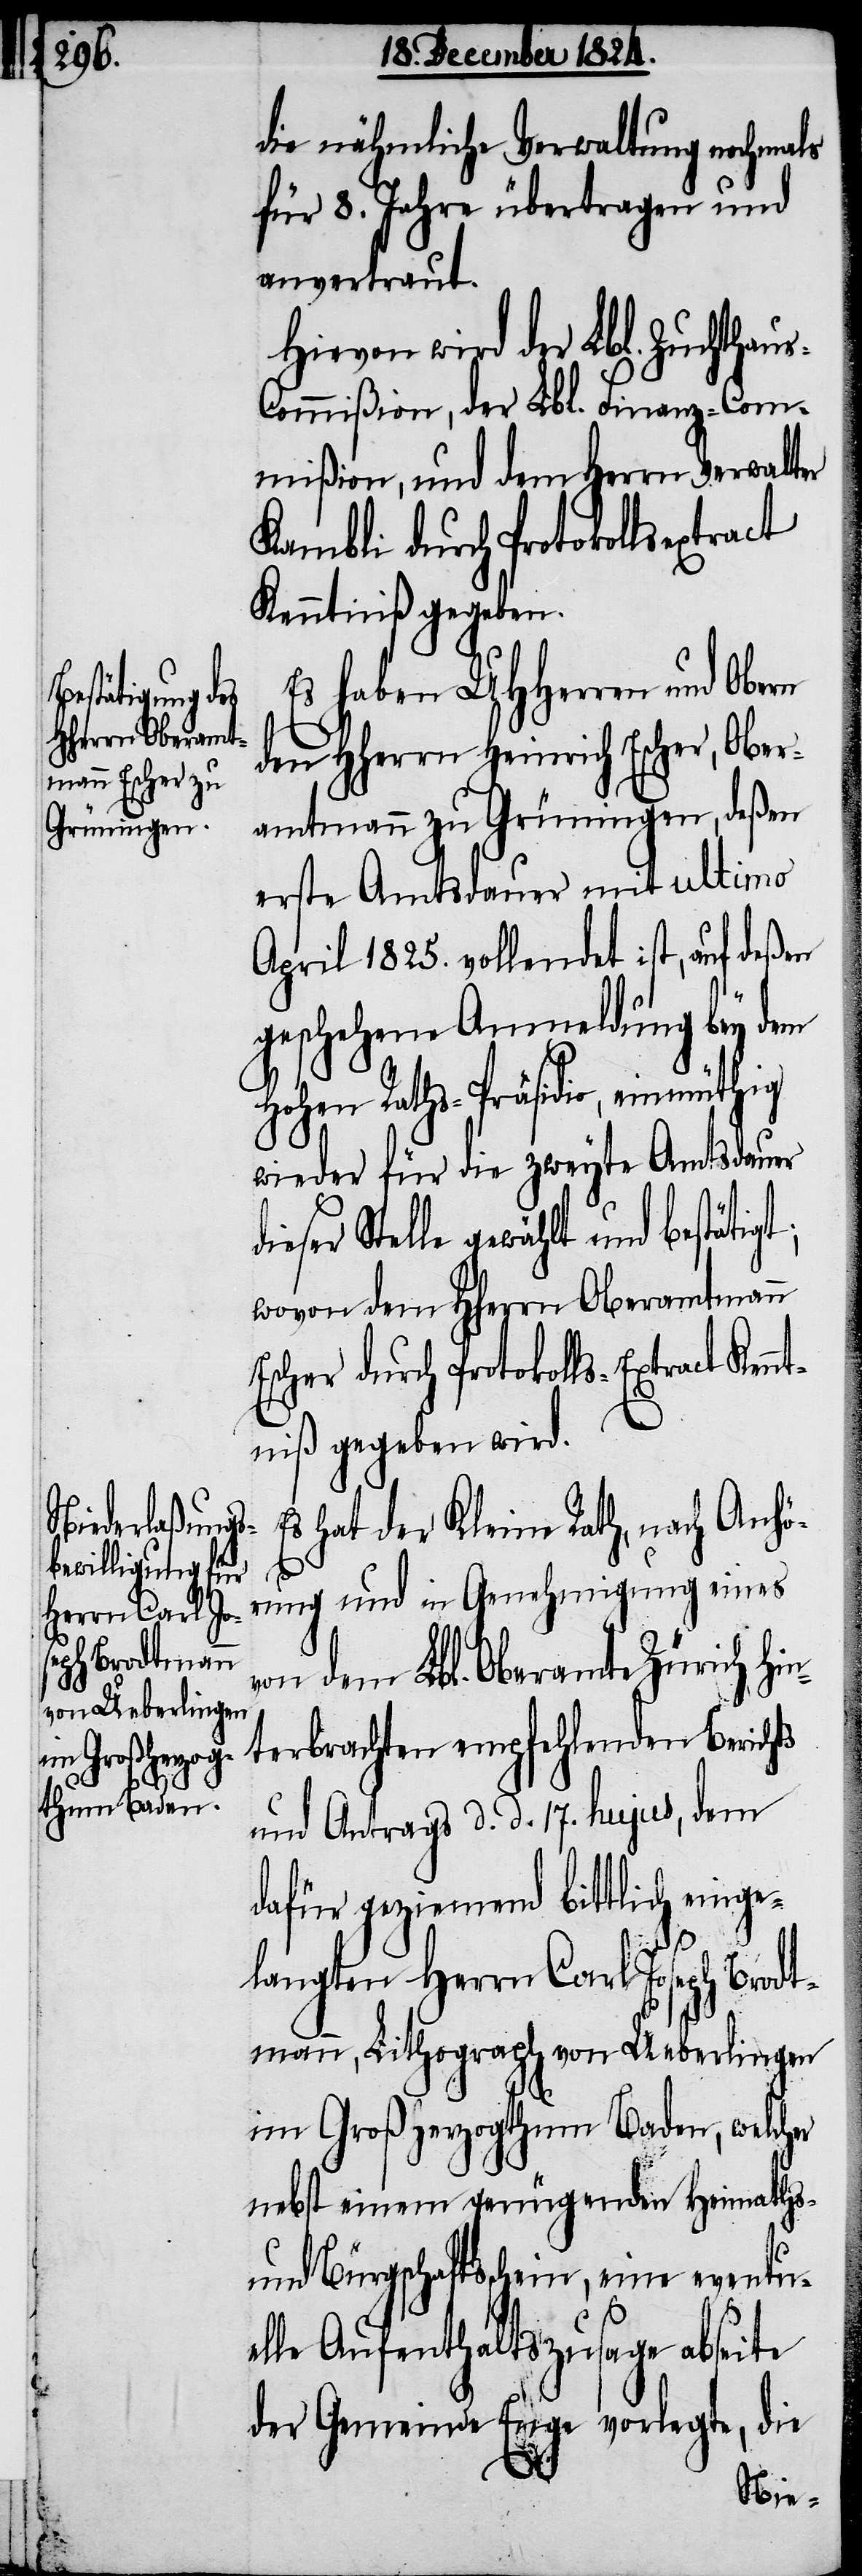
die¬
gt;

die nähmliche Verwaltung nochmals
für 8. Jahre übertragen und
anvertraut.
Hievon wird der Lbl. Zuchthau¬
s-Commißion, der Lbl. Finanz-Com¬
mißion, und dem Herrn Verwalter
Kambli durch Protokollsextract
Kenntniß gegeben.
Es haben UHHerren und Obern
ch HHerrn Heinrich Escher, Ober¬
amtmann zu Grüningen, deßen
erste Amtsdauer mit ultimo
April 1825. vollendet ist, auf deßen
geschehene Anmeldung bey dem
Hohen Raths-Präsidio, einmüthig
wieder für die zweyte Amtsdauer
ser Stelle gewählt und bestäti¬
wovon dem HHerrn Oberamtmann
Escher durch Protokolls-Extract Ken¬
ntniß gegeben wird.
Es hat der Kleine Rath, nach Anhö¬
rung und in Genehmigung eines
von dem Lbl. Oberamte Zürich hi¬
nterbrachten empfehlenden Berichts
und Antrags d. d. 17. hujus, dem
dafür geziemend bittlich einge¬
langten Herrn Carl Joseph Brodt¬
mann, Lithograph von Ueberlingen
im Großherzogthum Baden, welcher
nebst einem genügenden Heimaths-
und Bürgschaftsschein, eine eventue¬
lle Aufenthaltszusage abseite
der Gemeinde Enge vorlegte, die